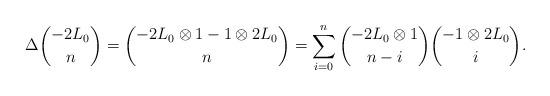
LaTeX: \begin{align*}\Delta \binom{-2L_0}{n}=\binom{-2L_0\otimes 1-1\otimes 2L_0}{n}=\sum_{i=0}^{n}\binom{-2L_0\otimes 1}{n-i}\binom{-1\otimes 2L_0}{i}.\end{align*}